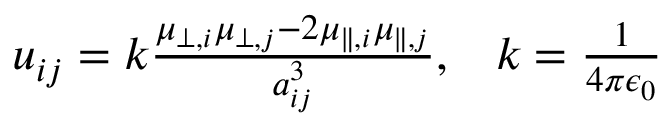
\begin{array} { r } { u _ { i j } = k \frac { \mu _ { \perp , i } \mu _ { \perp , j } - 2 \mu _ { \parallel , i } \mu _ { \parallel , j } } { a _ { i j } ^ { 3 } } , \; \; \; k = \frac { 1 } { 4 \pi \epsilon _ { 0 } } } \end{array}